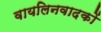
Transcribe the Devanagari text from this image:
वायलिनवादकों